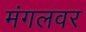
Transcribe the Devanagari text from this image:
मंगलवर